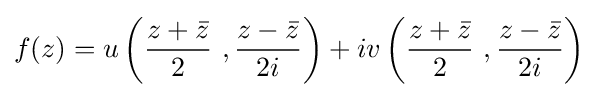
f(z)=u\left({\frac {z+{\bar {z}}}{2}}\ ,{\frac {z-{\bar {z}}}{2i}}\right)+iv\left({\frac {z+{\bar {z}}}{2}}\ ,{\frac {z-{\bar {z}}}{2i}}\right)